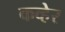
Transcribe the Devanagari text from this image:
कव्हेर